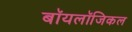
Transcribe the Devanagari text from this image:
बॉयलॉजिकल